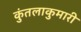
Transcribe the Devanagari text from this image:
कुंतलाकुमारी